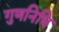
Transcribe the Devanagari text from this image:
गुणनिधि